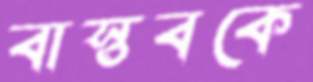
বাস্তবকে